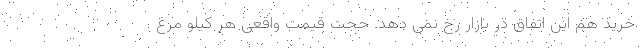
خرید هم این اتفاق در بازار رخ نمی دهد. حجت قیمت واقعی هر کیلو مرغ